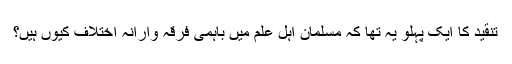
تنقید کا ایک پہلو یہ تھا کہ مسلمان اہل علم میں باہمی فرقہ وارانہ اختلاف کیوں ہیں؟